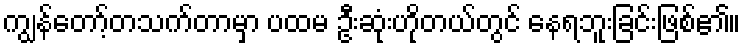
ကျွန်တော့်တသက်တာမှာ ပထမ ဦးဆုံးဟိုတယ်တွင် နေရဘူးခြင်းဖြစ်၏။